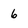
Character: 6